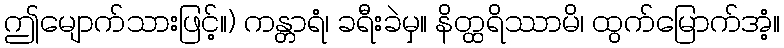
ဤမျောက်သားဖြင့်။) ကန္တာရံ၊ ခရီးခဲမှ။ နိတ္ထရိဿာမိ၊ ထွက်မြောက်အံ့။